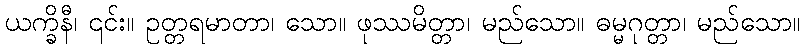
ယက္ခိနီ၊ ၎င်း။ ဥတ္တရမာတာ၊ သော။ ဖုဿမိတ္တာ၊ မည်သော။ ဓမ္မဂုတ္တာ၊ မည်သော။